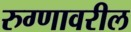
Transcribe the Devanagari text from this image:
रुग्णावरील